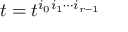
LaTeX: t = t ^ { i _ { 0 } i _ { 1 } \cdots i _ { r - 1 } }